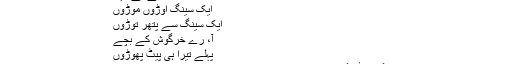
گدھے نے کہا:
ایک سینگ اوڑوں موڑوں
ایک سینگ سے پتھر توڑوں
آ، رے خرگوش کے بچے
پہلے تیرا ہی پیٹ پھوڑوں
خرگوش ڈر گیا اور منہ بسورتے ہوئے بولا: "میں نے کیا قصور کیا ہے؟